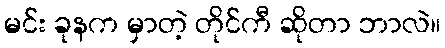
မင်း ခုနက မှာတဲ့ တိုင်ကီ ဆိုတာ ဘာလဲ။